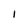
Character: I